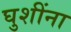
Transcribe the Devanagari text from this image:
घुशींना